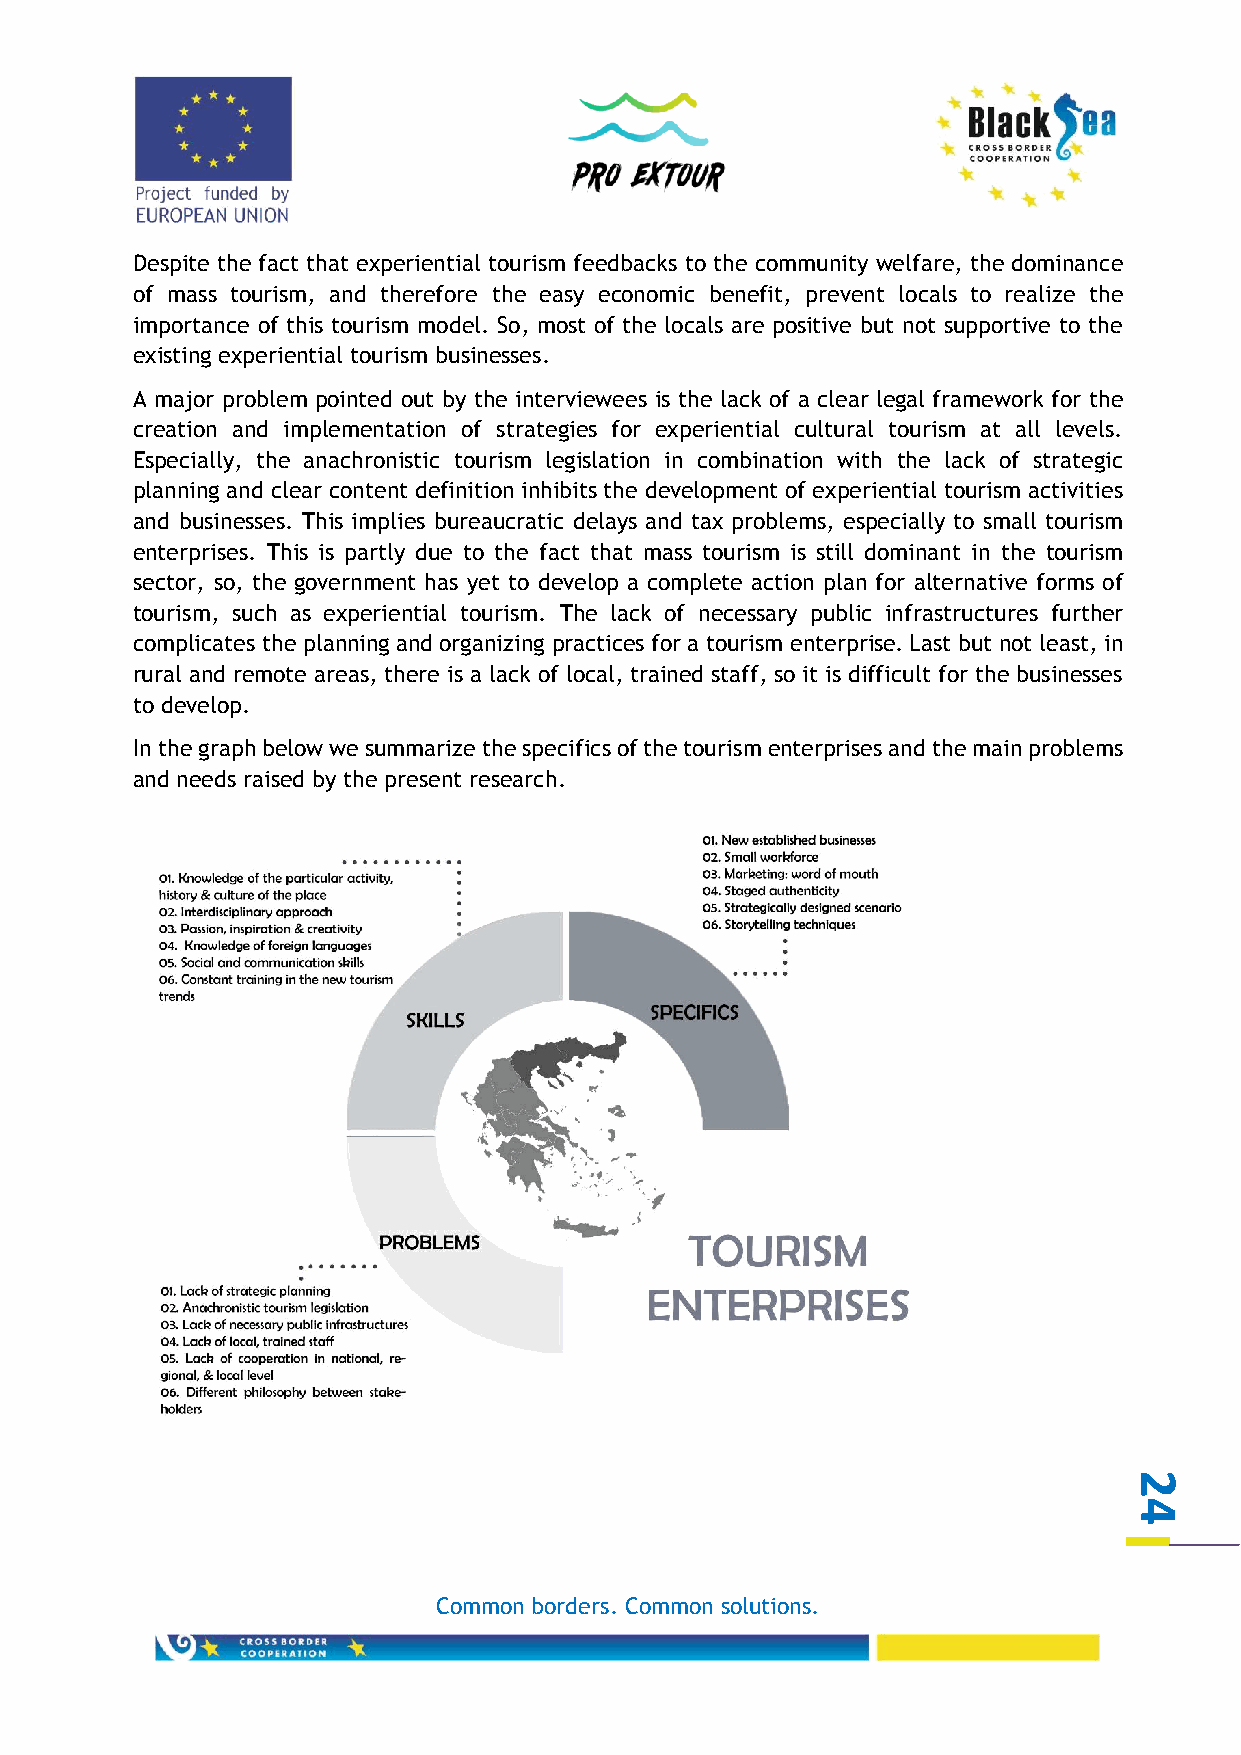
Despite the fact that experiential tourism feedbacks to the community welfare, the dominance
 of mass tourism, and therefore the easy economic benefit, prevent locals to realize the
 importance of this tourism model. So, most of the locals are positive but not supportive to the
 existing experiential tourism businesses.
 A major problem pointed out by the interviewees is the lack of a clear legal framework for the
 creation and implementation of strategies for experiential cultural tourism at all levels.
 Especially, the anachronistic tourism legislation in combination with the lack of strategic
 planning and clear content definition inhibits the development of experiential tourism activities
 and businesses. This implies bureaucratic delays and tax problems, especially to small tourism
 enterprises. This is partly due to the fact that mass tourism is still dominant in the tourism
 sector, so, the government has yet to develop a complete action plan for alternative forms of
 tourism, such as experiential tourism. The lack of necessary public infrastructures further
 complicates the planning and organizing practices for a tourism enterprise. Last but not least, in
 rural and remote areas, there is a lack of local, trained staff, so it is difficult for the businesses
 to develop.
 In the graph below we summarize the specifics of the tourism enterprises and the main problems
 and needs raised by the present research.
 2
 4
 Common borders. Common solutions.